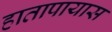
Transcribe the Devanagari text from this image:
हातापायास